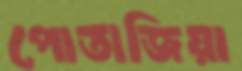
পোতাজিয়া